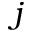
j